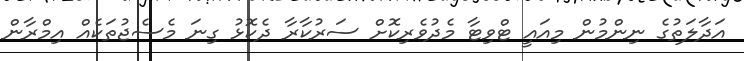
އަދާލަތުގެ ނިންމުން މިއައީ ޓްވިޓާ މެދުވެރިކޮށް ސަރުކާރާ ދެކޮޅު ގިނަ މެސެޖުތަކެއް އިމްރާން